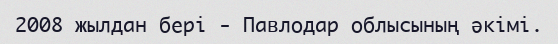
2008 жылдан бері - Павлодар облысының әкімі.